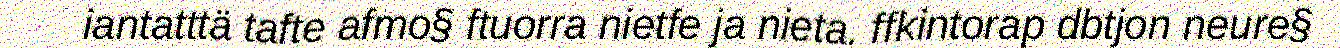
iantatttä tafte afmo§ ftuorra nietfe ja nieta. ffkintorap dbtjon neure§